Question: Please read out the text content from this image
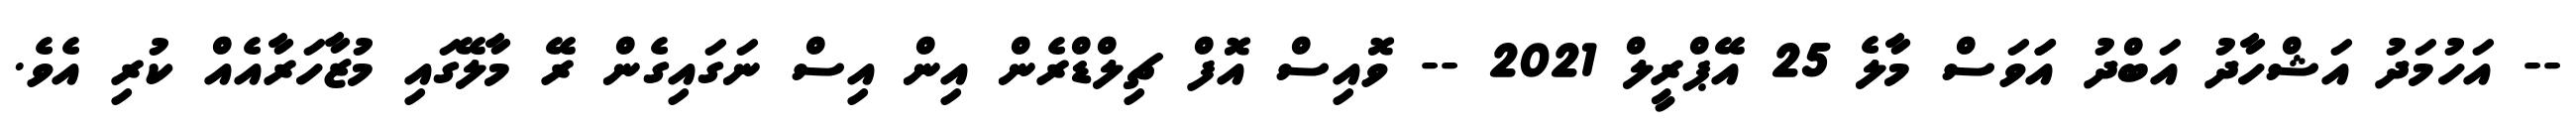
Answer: -- އަހުމަދު އަޝްހާދު އަބްދު އަަވަސް މާލެ 25 އޭޕްރީލް 2021 -- ވޮއިސް އޮފް ޗިލްޑްރެން އިން އިސް ނަގައިގެން ރޭ މާލޭގައި މުޒާހަރާއެއް ކުރި އެވެ.